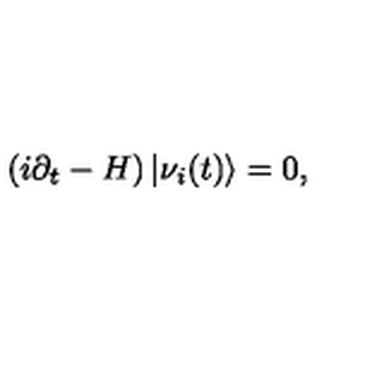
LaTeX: \left( i \partial _ { t } - H \right) | \nu _ { i } ( t ) \rangle = 0 ,